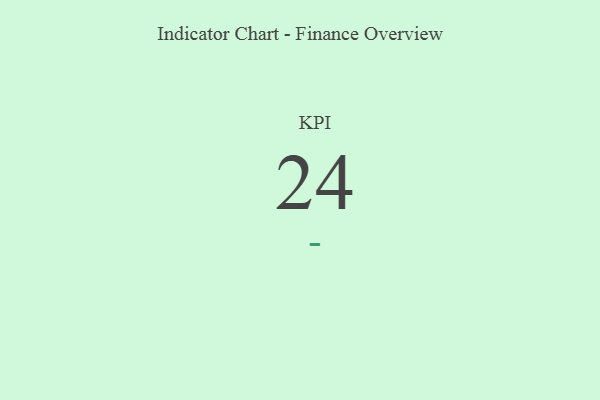
{"axis": {"x": "KPI", "y": "Value"}, "legend": [""], "data": [{"x": "KPI", "y": 24, "type": ""}]}